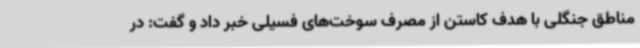
مناطق جنگلی با هدف کاستن از مصرف سوخت‌های فسیلی خبر داد و گفت: در